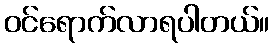
ဝင်ရောက်လာရပါတယ်။